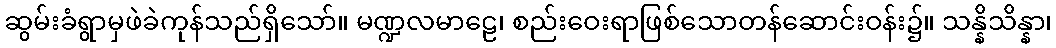
ဆွမ်းခံရွာမှဖဲခဲကုန်သည်ရှိသော်။ မဏ္ဍလမာဠေ၊ စည်းဝေးရာဖြစ်သောတန်ဆောင်းဝန်း၌။ သန္နိသိန္နာ၊